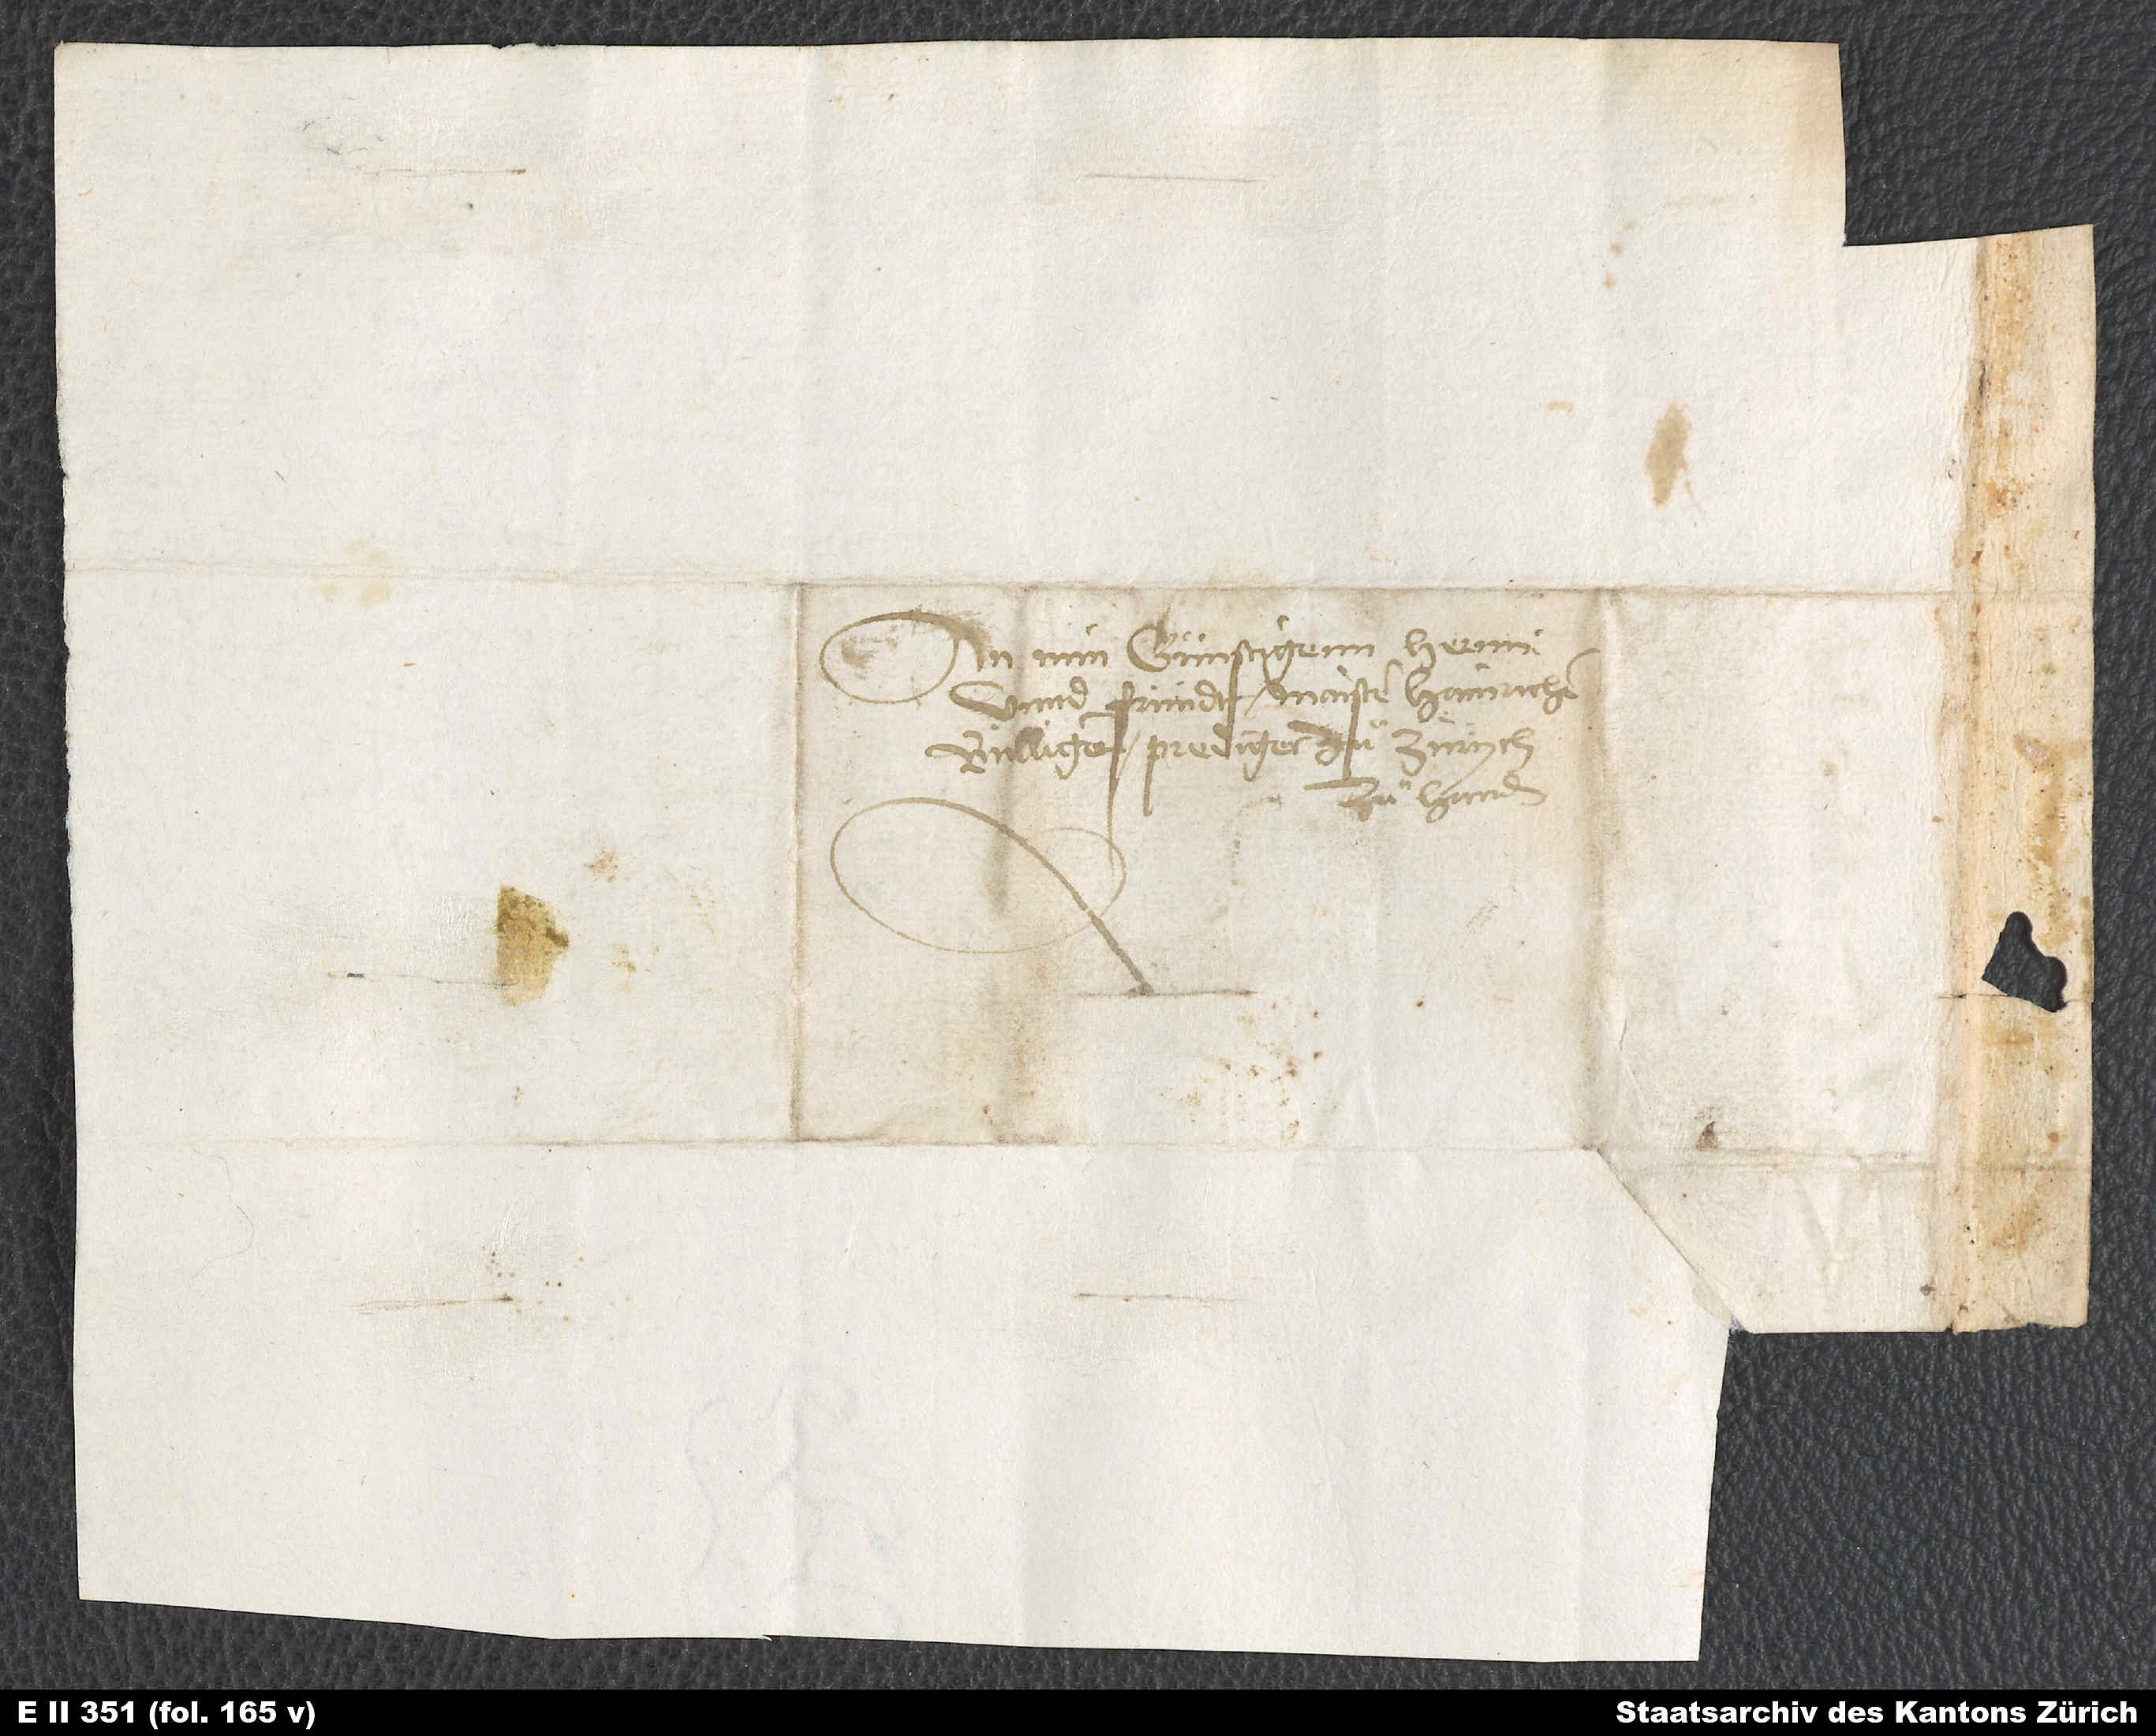
An min günstigenn hernn
unnd fründt Maister Hainrichen
Bulligem, prediger zuͦ Zürych,
zuͦ handen.